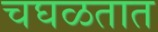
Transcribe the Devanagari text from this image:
चघळतात